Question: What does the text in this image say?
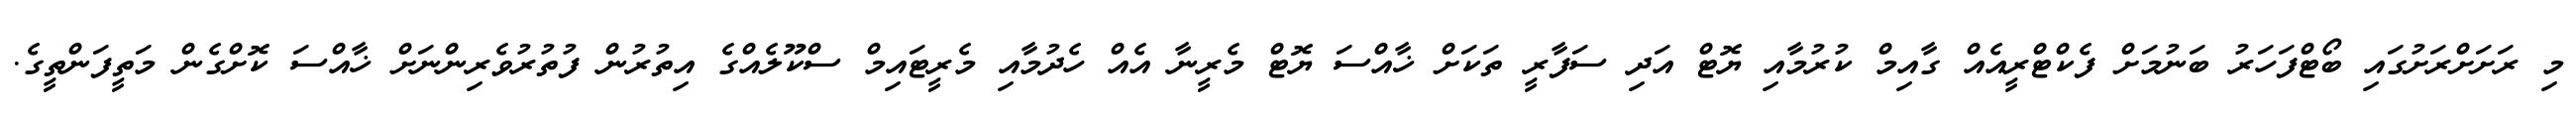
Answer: މި ރަށަށްރަށުގައި ބޯޓްފަހަރު ބަނުމަށް ފެކްޓްރީއެއް ގާއިމް ކުރުމާއި ޔޮޓް އަދި ސަފާރީ ތަކަށް ޚާއްސަ ޔޮޓް މެރީނާ އެއް ހެދުމާއި މެރީޓައިމް ސްކޫލެއްގެ އިތުރުން ފުތުރުވެރިންނަށް ޚާއްސަ ކޮށްގެން މަތީފަންތީގެ.